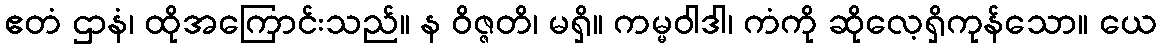
ဧတံ ဌာနံ၊ ထိုအကြောင်းသည်။ န ဝိဇ္ဇတိ၊ မရှိ။ ကမ္မဝါဒါ၊ ကံကို ဆိုလေ့ရှိကုန်သော။ ယေ